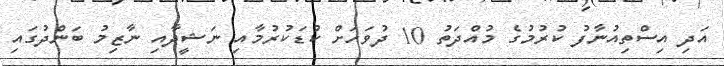
އަދި އިސްތިއުނާފު ކުރުމުގެ މުއްދަތު 10 ދުވަހަށް ކުޑަކުރުމާއި ނަޝީދާއި ނާޒިމު ބަންދުގައި